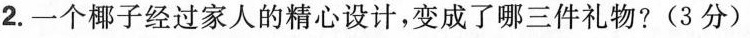
2.一个椰子经过家人的精心设计，变成了哪三件礼物?(3分)